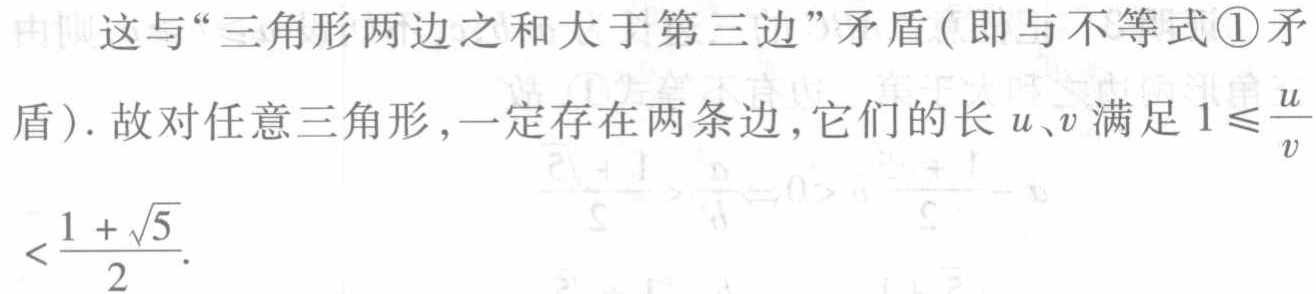
由 这与“三角形两边之和大于第三边”矛盾(即与不等式\textcircled{1}矛
盾). 故对任意三角形, 一定存在两条边, 它们的长 \(u、v\) 满足 \(1\leqslant\frac{u}{v}\)
\(<\frac{1 + \sqrt{5}}{2}\).